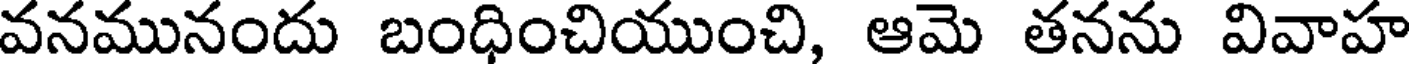
వనమునందు బంధించియుంచి, ఆమె తనను వివాహ